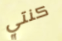
كنتي